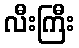
လီးကြီး